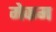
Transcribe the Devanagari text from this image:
मेकम